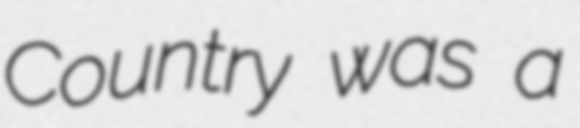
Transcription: Country was a